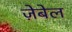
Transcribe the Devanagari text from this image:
ज़ेबेल